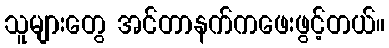
သူများတွေ အင်တာနက်ကဖေးဖွင့်တယ်။